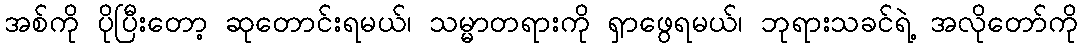
အစ်ကို ပိုပြီးတော့ ဆုတောင်းရမယ်၊ သမ္မာတရားကို ရှာဖွေရမယ်၊ ဘုရားသခင်ရဲ့ အလိုတော်ကို